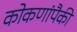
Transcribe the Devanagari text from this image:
कोकणांपैकी